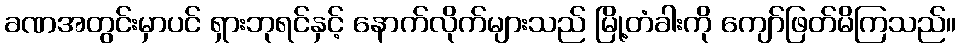
ခဏအတွင်းမှာပင် ရှားဘုရင်နှင့် နောက်လိုက်များသည် မြို့တံခါးကို ကျော်ဖြတ်မိကြသည်။